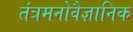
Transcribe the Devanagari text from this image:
तंत्रमनोवैज्ञानिक